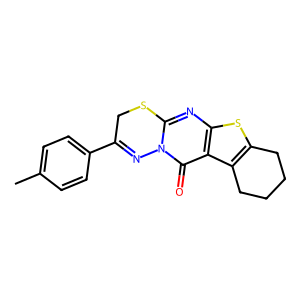
SMILES: Cc1ccc(C2=Nn3c(nc4sc5c(c4c3=O)CCCC5)SC2)cc1
Inhibits HIV replication: No